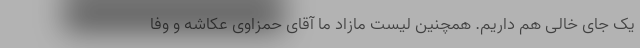
یک جای خالی هم داریم. همچنین لیست مازاد ما آقای حمزاوی عکاشه و وفا